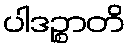
ပါဒဉ္စာတိ